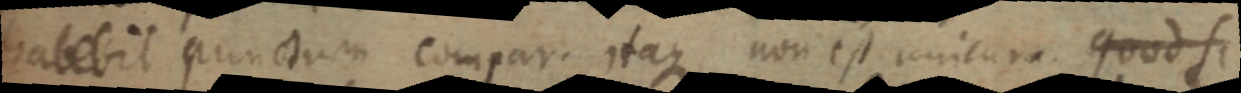
habebit punctum compar. itaque non est unicura quod si